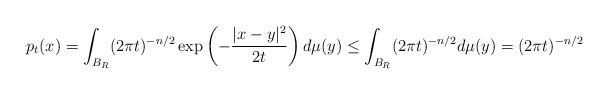
LaTeX: \begin{align*}p_t(x)=\int_{B_R}(2\pi t)^{-n/2}\exp\left(-\frac{|x-y|^2}{2t}\right)d\mu(y)\leq\int_{B_R}(2\pi t)^{-n/2}d\mu(y)=(2\pi t)^{-n/2}\end{align*}